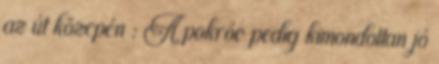
az út közepén : A pokróc pedig kimondottan jó